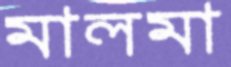
মালমা